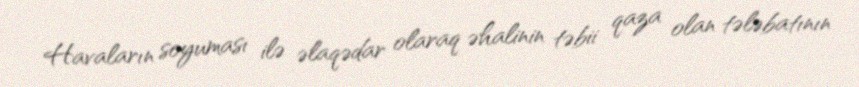
Havaların soyuması ilə əlaqədar olaraq əhalinin təbii qaza olan tələbatının